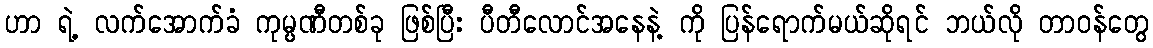
ဟာ ရဲ့ လက်အောက်ခံ ကုမ္ပဏီတစ်ခု ဖြစ်ပြီး ပီတီလောင်အနေနဲ့ ကို ပြန်ရောက်မယ်ဆိုရင် ဘယ်လို တာဝန်တွေ